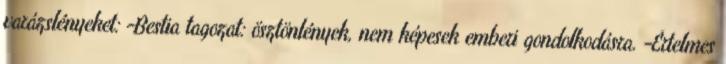
varázslényeket: -Bestia tagozat: ösztönlények, nem képesek emberi gondolkodásra. -Értelmes